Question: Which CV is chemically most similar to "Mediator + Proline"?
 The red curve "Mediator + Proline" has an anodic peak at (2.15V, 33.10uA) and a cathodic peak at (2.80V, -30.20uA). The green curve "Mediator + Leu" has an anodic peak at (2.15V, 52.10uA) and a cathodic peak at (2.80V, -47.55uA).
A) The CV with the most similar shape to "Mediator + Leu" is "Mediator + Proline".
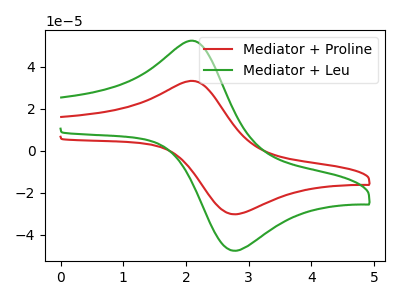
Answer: <think>All the peaks in "Mediator + Proline" have a peak in "Mediator + Leu" at the same potential. Every peak in "Mediator + Proline" is lower than every peak in "Mediator + Leu".
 </think>
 <answer>A) The CV with the most similar shape to "Mediator + Leu" is "Mediator + Proline".</answer>
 <eval>A</eval>